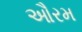
ઔરમ